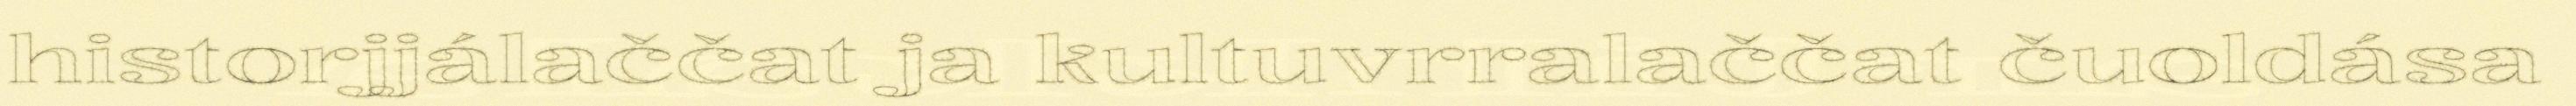
historjjálaččat ja kultuvrralaččat čuoldása